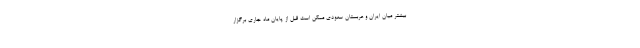
بیشتر میان ایران و عربستان سعودی ممکن است قبل از پایان ماه جاری برگزار